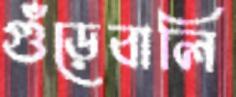
গুঁড়েবালি